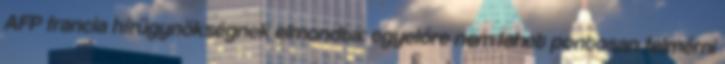
AFP francia hírügynökségnek elmondta: egyelőre nem lehet pontosan felmérni